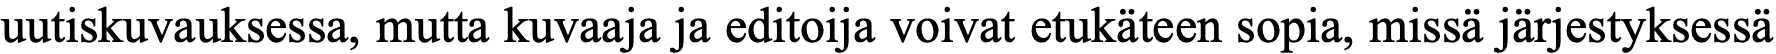
uutiskuvauksessa, mutta kuvaaja ja editoija voivat etukäteen sopia, missä järjestyksessä